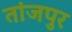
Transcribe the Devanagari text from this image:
तांजपुर